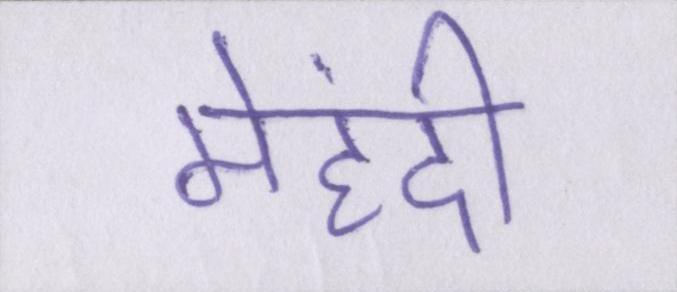
मेहंदी